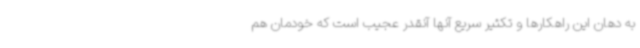
به دهان این راهکارها و تکثیر سریع آنها آنقدر عجیب است که خودمان هم